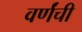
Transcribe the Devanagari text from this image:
वर्णंची